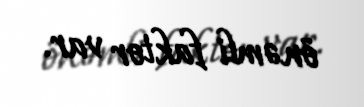
önəmli faktor var.